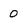
Character: 0